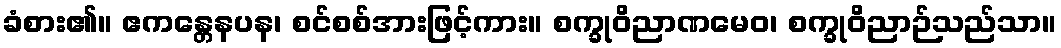
ခံစား၏။ ဧကန္တေနပန၊ စင်စစ်အားဖြင့်ကား။ စက္ခုဝိညာဏမေဝ၊ စက္ခုဝိညာဉ်သည်သာ။